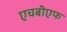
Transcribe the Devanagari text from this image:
एचबीएफ